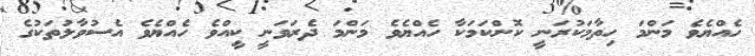
ހެއްޔެވެ މަންމަ ހިތާމަކުރަނީ ކޮންކަމަކާ ހެއްޔެވެ މަންމަ ދެރަވަނީ ކީއްވެ ހެއްޔެވެ އެސުވާލުތަކުގެ